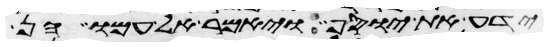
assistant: ידע את יוסף ויאמר אל עמו הן